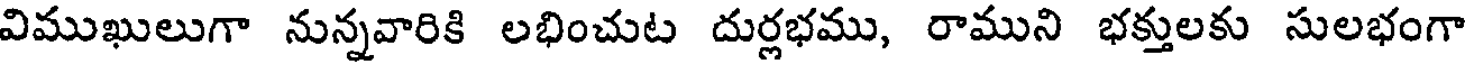
విముఖులుగా నున్నవారికి లభించుట దుర్లభము, రాముని భక్తులకు సులభంగా